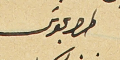
طرابلوس